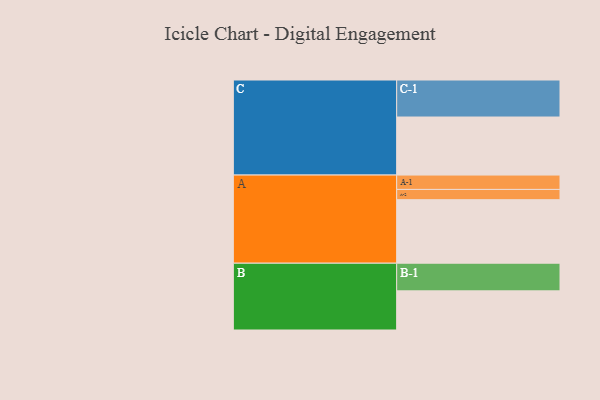
{"axis": {"x": "Segment", "y": "Value"}, "legend": ["", "A", "B", "C"], "data": [{"x": "A", "y": 508, "type": ""}, {"x": "B", "y": 313, "type": ""}, {"x": "C", "y": 464, "type": ""}, {"x": "A-1", "y": 115, "type": "A"}, {"x": "A-2", "y": 82, "type": "A"}, {"x": "B-1", "y": 221, "type": "B"}, {"x": "C-1", "y": 296, "type": "C"}]}